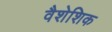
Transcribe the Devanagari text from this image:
वैशेशिक